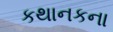
કથાનકના